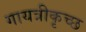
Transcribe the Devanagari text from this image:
गायत्रीकृच्छ